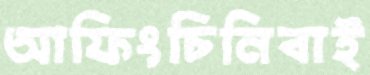
আফিংচিনিবাই